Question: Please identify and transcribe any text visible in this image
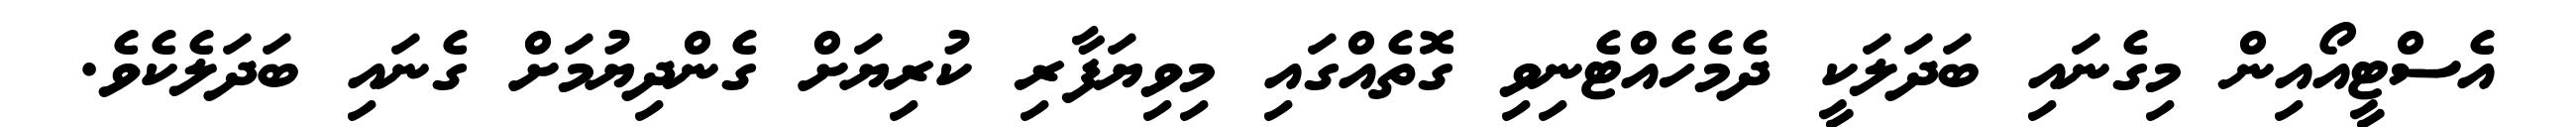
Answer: އެސްޓީއޯއިން މިގެނައި ބަދަލަކީ ދެމެހެއްޓެނިވި ގޮތެއްގައި މިވިޔަފާރި ކުރިޔަށް ގެންދިޔުމަށް ގެނައި ބަދަލެކެވެ.